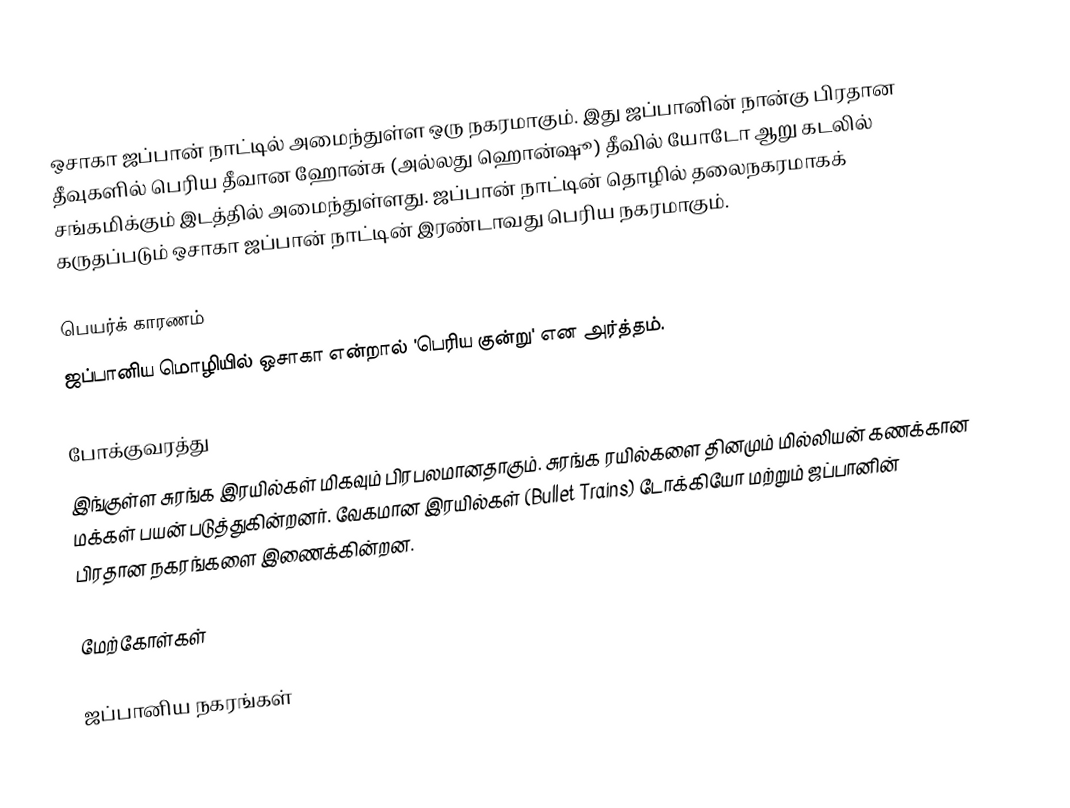
ஒசாகா  ஜப்பான் நாட்டில் அமைந்துள்ள ஒரு நகரமாகும். இது ஜப்பானின் நான்கு பிரதான தீவுகளில்  பெரிய தீவான ஹோன்சு (அல்லது ஹொன்ஷூ) தீவில் யோடோ ஆறு கடலில் சங்கமிக்கும் இடத்தில் அமைந்துள்ளது. ஜப்பான் நாட்டின் தொழில் தலைநகரமாகக் கருதப்படும் ஒசாகா ஜப்பான் நாட்டின் இரண்டாவது பெரிய நகரமாகும்.

பெயர்க் காரணம்
ஜப்பானிய மொழியில் ஒசாகா என்றால் 'பெரிய குன்று' என அர்த்தம்.

போக்குவரத்து
இங்குள்ள சுரங்க இரயில்கள் மிகவும் பிரபலமானதாகும். சுரங்க ரயில்களை தினமும் மில்லியன் கணக்கான மக்கள் பயன் படுத்துகின்றனர். வேகமான இரயில்கள் (Bullet Trains) டோக்கியோ மற்றும் ஜப்பானின் பிரதான நகரங்களை இணைக்கின்றன.

மேற்கோள்கள்

ஜப்பானிய நகரங்கள்